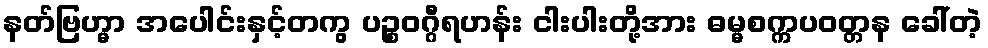
နတ်ဗြဟ္မာ အပေါင်းနှင့်တကွ ပဉ္စဝဂ္ဂီရဟန်း ငါးပါးတို့အား ဓမ္မစက္ကပဝတ္တန ခေါ်တဲ့